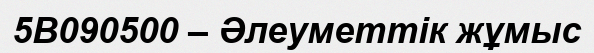
5В090500 – Әлеуметтік жұмыс